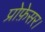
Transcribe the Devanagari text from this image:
प्रोफ़ेसर।